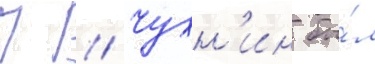
П // Чухн'ин бы́л